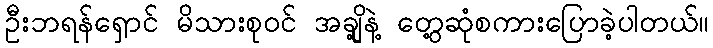
ဦးဘရန်ရှောင် မိသားစုဝင် အချို့နဲ့ တွေ့ဆုံစကားပြောခဲ့ပါတယ်။